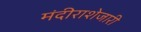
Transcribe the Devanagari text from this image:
मंदीराशेजारी